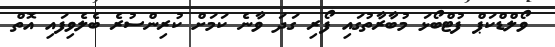
ވޯލްޑްކަޕް ފުޓްބޯޅަ މުބާރާތުގައި ފޯރި ގަދަ ވާނެ ކަމަށް ކުރިންސުރެ ބެލެވިފައި އޮތް